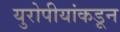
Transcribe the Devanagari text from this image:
युरोपीयांकडून